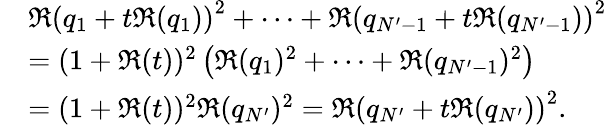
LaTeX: \begin{array}{rl}&{\Re\left(q_{1}+t\Re(q_{1})\right)^{2}+\dots+\Re\left(q_{N^{\prime}-1}+t\Re(q_{N^{\prime}-1})\right)^{2}}\\ &{=(1+\Re(t))^{2}\left(\Re(q_{1})^{2}+\dots+\Re(q_{N^{\prime}-1})^{2}\right)}\\ &{=(1+\Re(t))^{2}\Re(q_{N^{\prime}})^{2}=\Re\left(q_{N^{\prime}}+t\Re(q_{N^{\prime}})\right)^{2}.}\end{array}